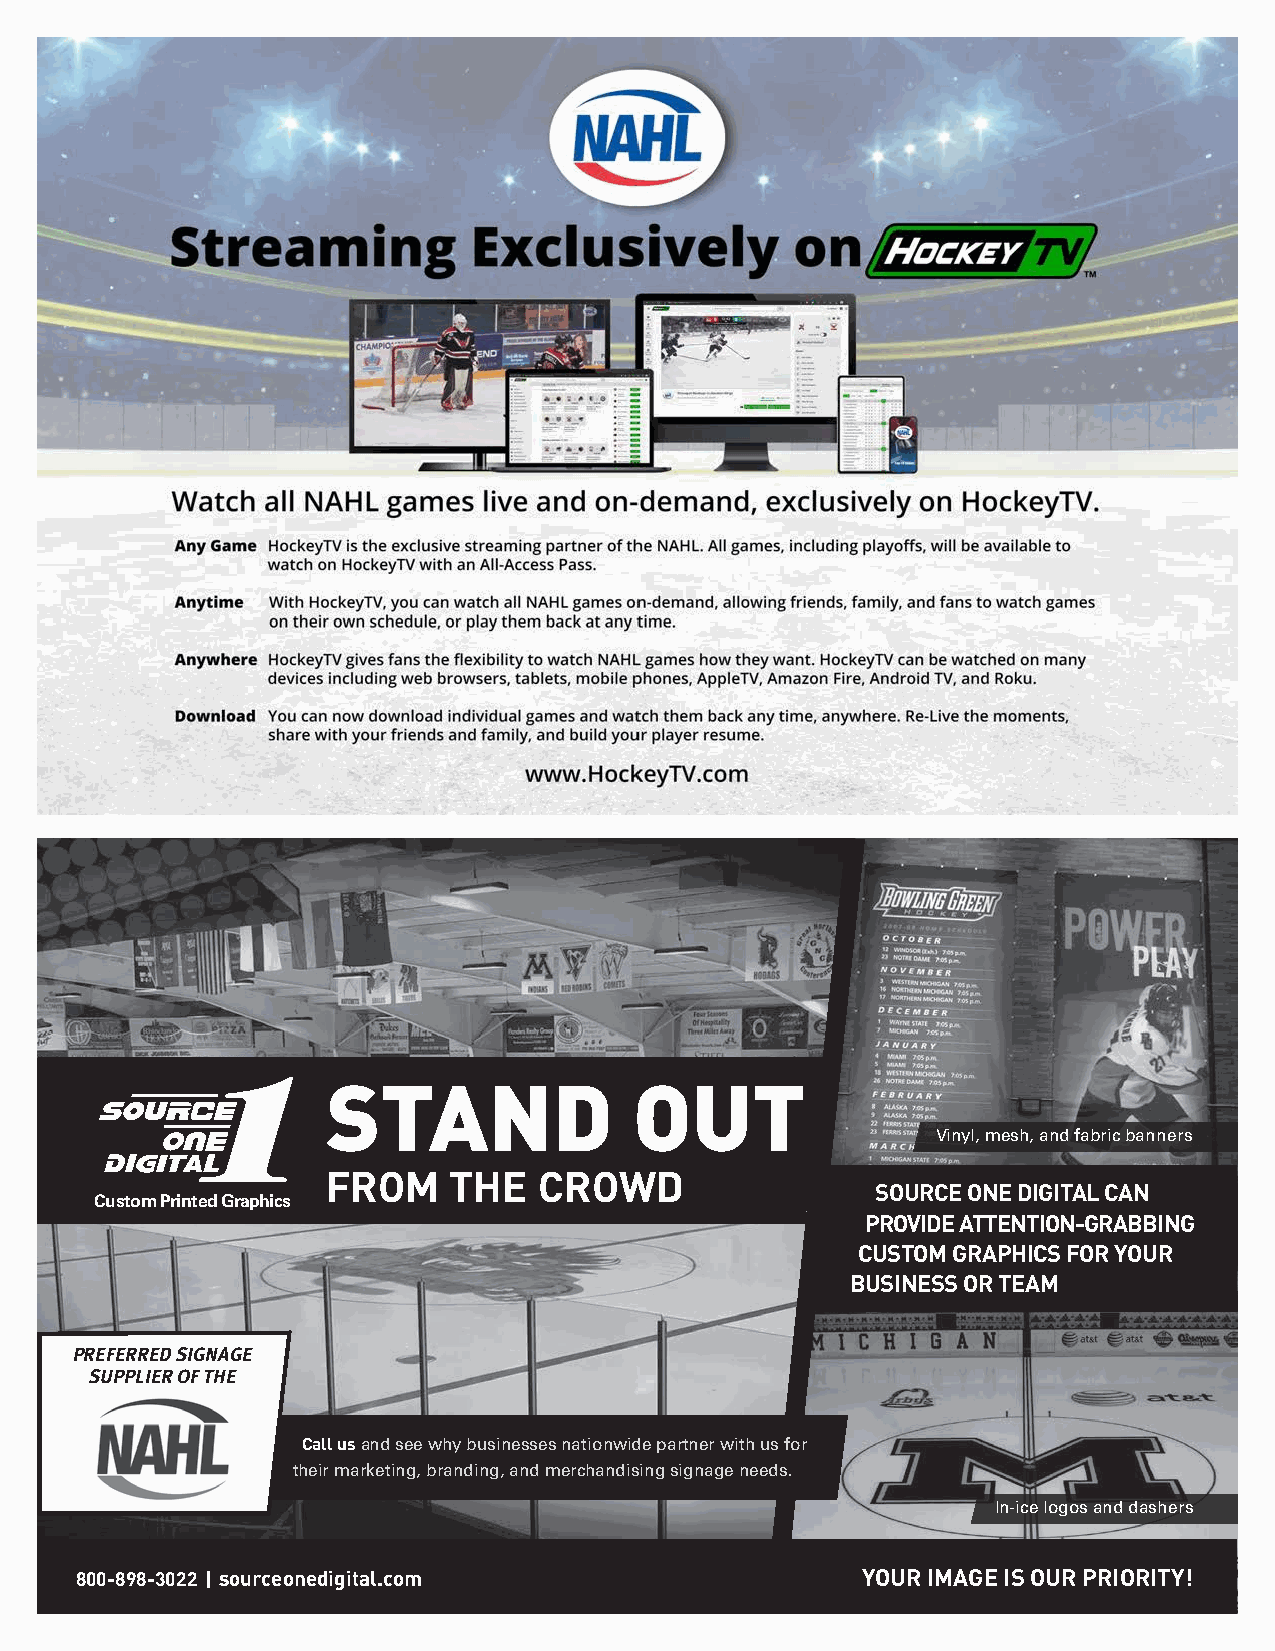
STAND               OUT
 Vinyl, mesh, and fabric banners
 FROM    THE   CROWD
 SOURCE ONE DIGITAL CAN
 Custom Printed Graphics
 PROVIDE ATTENTION-GRABBING
 CUSTOM GRAPHICS FOR YOUR
 BUSINESS OR TEAM
 PREFERRED SIGNAGE
 SUPPLIER OF THE
 Call us and see why businesses nationwide partner with us for
 their marketing, branding, and merchandising signage needs.
 In-ice logos and dashers
 800-898-3022 I sourceonedigital.com                 YOUR IMAGE IS OUR PRIORITY!